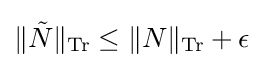
\|{\tilde {N}}\|_{\operatorname {Tr} }\leq \|N\|_{\operatorname {Tr} }+\epsilon